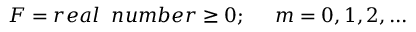
F = r e a l \; \; n u m b e r \geq 0 ; \; \; \; \; \; m = 0 , 1 , 2 , . . .